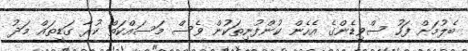
ބެލުމަށް ފަހު ސްވިޑެންގެ އެހެން ކުންފުނިތަކުން ވެސް މަސައްކަތް ކުރާ ގަޑިތައް މަދު